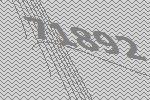
71892